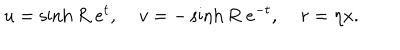
u = \sinh R \; e ^ { t } , \; v = - \sinh R \; e ^ { - t } , \; r = \eta x .